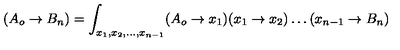
( A _ { o } \rightarrow B _ { n } ) = \int _ { x _ { 1 } , x _ { 2 } , \dots , x _ { n - 1 } } ( A _ { o } \rightarrow x _ { 1 } ) ( x _ { 1 } \rightarrow x _ { 2 } ) \dots ( x _ { n - 1 } \rightarrow B _ { n } )